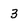
Character: 3